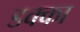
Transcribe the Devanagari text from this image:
डक्का